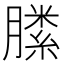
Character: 𣎝